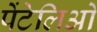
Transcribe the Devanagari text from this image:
पेंटेलिओ